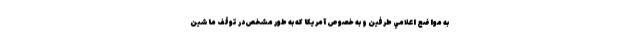
به مواضع اعلامي طرفين و به خصوص آمريكا كه به طور مشخص در توقف ماشين